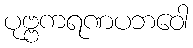
ပုဗ္ဗကရဏပဘဝေါ